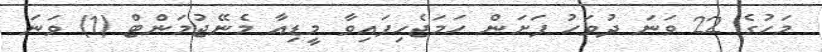
މަހުގެ 22 ވަނަ ދުވަހު ފަށަން ހަމަޖެހިފައިވާ މީޑިއާ މެނޭޖުމަންޓް (1) ވަނަ